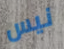
نيس